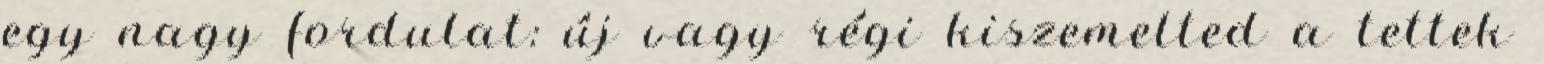
egy nagy fordulat: új vagy régi kiszemelted a tettek